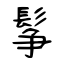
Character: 鬇